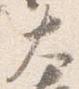
大